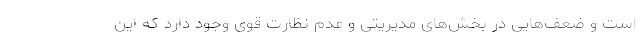
است و ضعف‌هایی در بخش‌های مدیریتی و عدم نظارت قوی وجود دارد که این